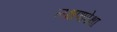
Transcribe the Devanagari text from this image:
लक्षणापेक्षा